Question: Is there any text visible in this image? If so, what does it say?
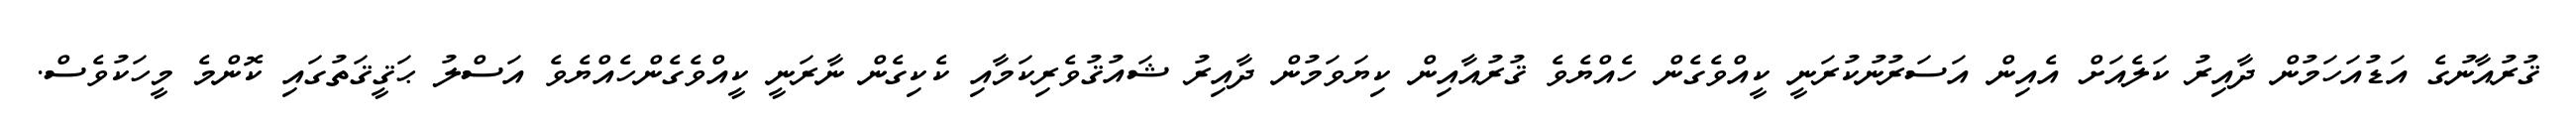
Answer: ޤުރުއާނުގެ އަޑުއަހަމުން ދާއިރު ކަލެއަށް އެއިން އަސަރުނުކުރަނީ ކީއްވެގެން ހެއްޔެވެ ޤުރުއާއިން ކިޔަވަމުން ދާއިރު ޝައުޤުވެރިކަމާއި ކެކިގެން ނާރަނީ ކީއްވެގެންހެއްޔެވެ އަސްލު ޙަޤީޤަތުގައި ކޮންމެ މީހަކުވެސް.